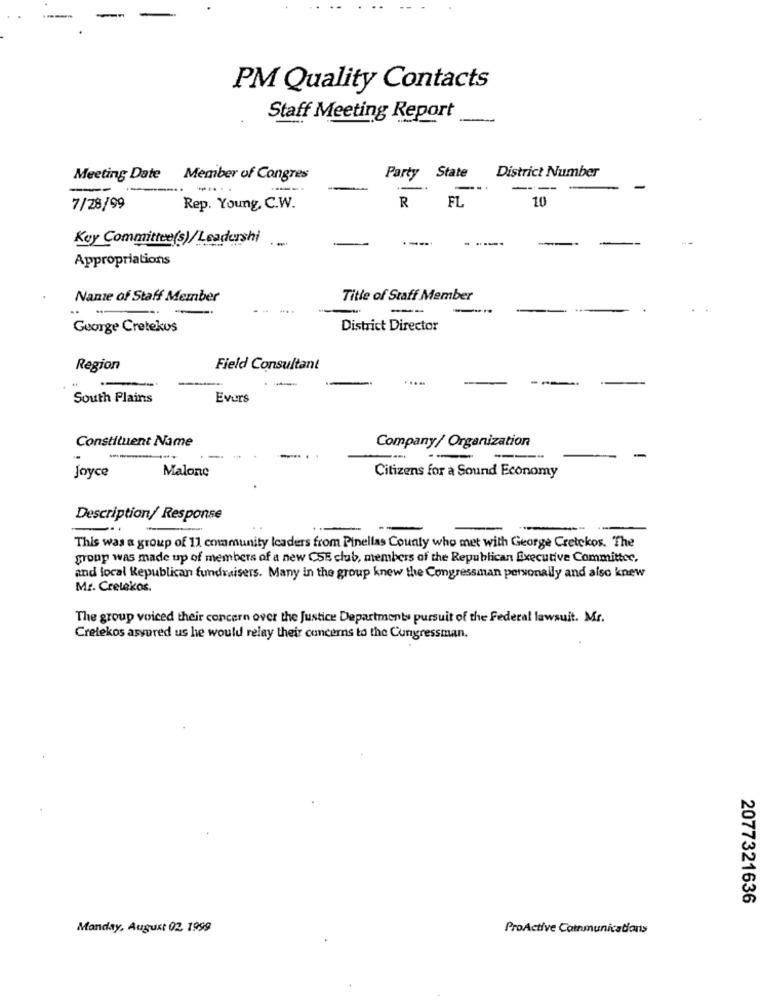
PM Quality Contacts
Staff Meeting Report
District Number
Meeting Date Member of Congres
Party State
--
---.
-
----
-
FL
10
7/28/99
Rep. Young, C.W.
R
Kuy Committee(s)/ Leadershi
-
Appropriations
Name of Staff Member
Title of Staff Member
--
George Cretekus
District Director
Region
Field Consultant
..
-
South Plains
Evers
Constituent Name
Company/ Organization
-
---
-
Joyce
Malone
Citizens for a Sound Economy
Description/ Response
This was a group of 11 community leaders from Pinellas County who met with George Cretekos. The
group was made up of members of a new CSE club, members of the Republican Executive Committee,
and local Republican fundraisers. Many in the group knew the Congressman personally and also knew
Mr. Cretekos.
The group voiced their concern over the Justice Departments pursuit of the Federal lawsuit. Mr.
Crelekos assured us he would relay their concerns to the Congressman.
2077321636
Monday, August 02, 1999
ProActive Communications